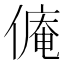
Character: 𱏋